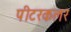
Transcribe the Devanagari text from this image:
पीटरकलर